Leaving Certificate Examination (including Day School Certificate (Higher) General paper), 1928
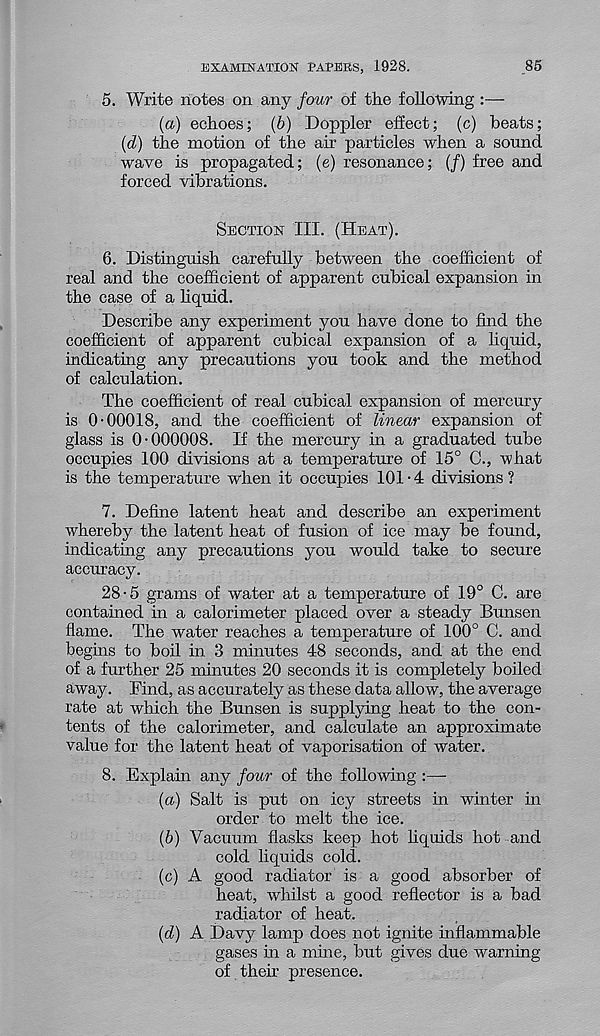
EXAMINATION EATERS, 1928.
85
5. Write notes on any four of the following :—
(a) echoes; (b) Doppler effect; (c) beats;
(d) the motion of the air particles when a sound
wave is propagated; (e) resonance; (/) free and
forced vibrations.
Section III. (Heat).
6. Distinguish carefully between the coefficient of
real and the coefficient of apparent cubical expansion in
the case of a liquid.
Describe any experiment you have done to find the
coefficient of apparent cubical expansion of a liquid,
indicating any precautions you took and the method
of calculation.
The coefficient of real cubical expansion of mercury
is 0-00018, and the coefficient of linear expansion of
glass is 0-000008. If the mercury in a graduated tube
occupies 100 divisions at a temperature of 15° C., what
is the temperature when it occupies 101 • 4 divisions ?
7. Define latent heat and describe an experiment
whereby the latent heat of fusion of ice may be found,
indicating any precautions you would take to secure
accuracy.
28-5 grams of water at a temperature of 19° C. are
contained in a calorimeter placed over a steady Bunsen
flame. The water reaches a temperature of 100° C. and
begins to boil in 3 minutes 48 seconds, and at the end
of a further 25 minutes 20 seconds it is completely boiled
away. Find, as accurately as these data allow, the average
rate at which the Bunsen is supplying heat to the con-
tents of the calorimeter, and calculate an approximate
value for the latent heat of vaporisation of water.
8. Explain any four of the following :—
(a) Salt is put on icy streets in winter in
order to melt the ice.
(b) Vacuum flasks keep hot liquids hot and
cold liquids cold.
(c) A good radiator is a good absorber of
heat, whilst a good reflector is a bad
radiator of heat.
(d) A Davy lamp does not ignite inflammable
gases in a mine, but gives due warning
of their presence.